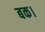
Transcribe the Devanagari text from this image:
बक।